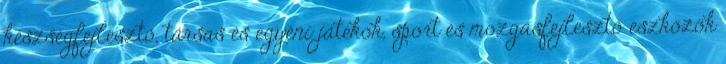
készségfejlesztő, társas és egyéni játékok, sport és mozgásfejlesztő eszközök